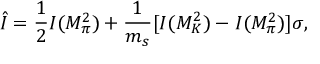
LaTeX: \hat { I } = \frac { 1 } { 2 } I ( M _ { \pi } ^ { 2 } ) + \frac { 1 } { m _ { s } } [ I ( M _ { K } ^ { 2 } ) - I ( M _ { \pi } ^ { 2 } ) ] \sigma ,